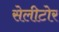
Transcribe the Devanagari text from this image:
सेलीटोर